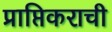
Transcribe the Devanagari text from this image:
प्राप्तिकराची